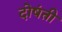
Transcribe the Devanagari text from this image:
दोषंती